Sketch of the medical history of the native army of Bombay, for the year
Year: 1872
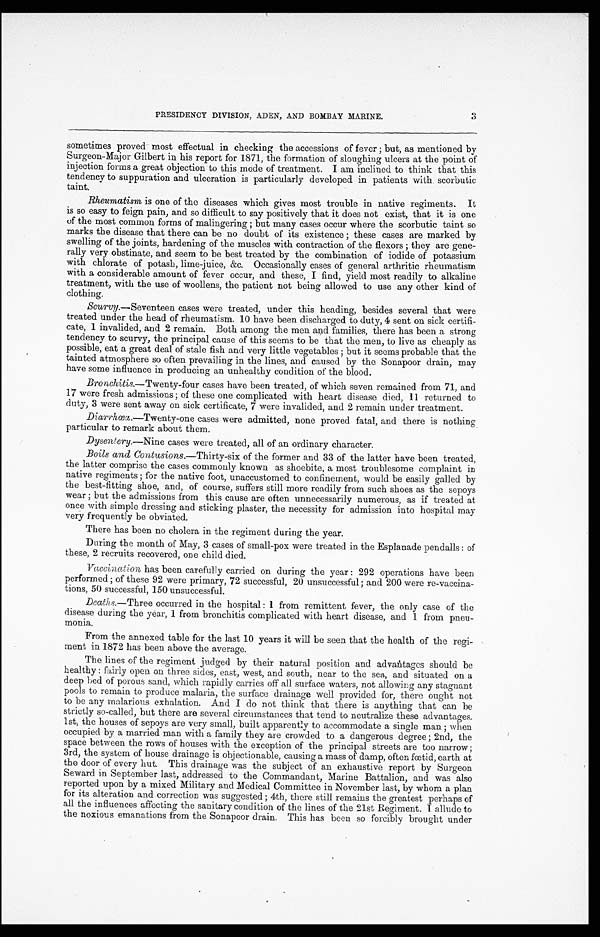
PRESIDENCY DIVISION, ADEN, AND BOMBAY MARINE.
sometimes proved most effectual in checking the accessions of fever ; but, as mentioned by
Surgeon-Major Gilbert in his report for 1871, the formation of sloughing ulcers at the point of
injection forms a great objection to this mode of treatment. I am inclined to think that this
tendency to suppuration and ulceration is particularly developed in patients with scorbutic
taint.
Rheumatism is one of the diseases which gives most trouble in native regiments. It
is so easy to feign pain, and so difficult to say positively that it does not exist, that it is one
of the most common forms of malingering ; but many cases occur where the scorbutic taint so
marks the disease that there can be no doubt of its existence ; these cases are marked by
swelling of the joints, hardening of the muscles with contraction of the flexors ; they are gene-
rally very obstinate, and seem to be best treated by the combination of iodide of potassium
with chlorate of potash, lime-juice, &c. Occasionally cases of general arthritic rheumatism
with a considerable amount of fever occur, and these, I find, yield most readily to alkaline
treatment, with the use of woollens, the patient not being allowed to use any other kind of
clothing.
Scurvy.—Seventeen cases were treated, under this heading, besides several that were
treated under the head of rheumatism. 10 have been discharged to duty, 4 sent on sick certifi-
cate, 1 invalided, and 2 remain. Both among the men and families, there has been a strong
tendency to scurvy, the principal cause of this seems to be that the men, to live as cheaply as
possible, eat a great deal of stale fish and very little vegetables ; but it seems probable that the
tainted atmosphere so often prevailing in the lines, and caused by the Sonapoor drain, may
have some influence in producing an unhealthy condition of the blood.
Bronchitis.—Twenty-four cases have been treated, of which seven remained from 71, and
17 were fresh admissions ; of these one complicated with heart disease died, 11 returned to
duty, 3 were sent away on sick certificate, 7 were invalided, and 2 remain under treatment.
Diarrhœa.—Twenty-one cases were admitted, none proved fatal, and there is nothing
particular to remark about them.
Dysentery.—Nine cases were treated, all of an ordinary character.
Boils and Contusions. —Thirty-six of the former and 33 of the latter have been treated,
the latter comprise the cases commonly known as shoebite, a most troublesome complaint in
native regiments ; for the native foot, unaccustomed to confinement, would be easily galled by
the best-fitting shoe, and, of course, suffers still more readily from such shoes as the sepoys
wear ; but the admissions from this cause are often unnecessarily numerous, as if treated at
once with simple dressing and sticking plaster, the necessity for admission into hospital may
very frequently be obviated.
There has been no cholera in the regiment during the year.
During the month of May, 3 cases of small-pox were treated in the Esplanade pendalls : of
these, 2 recruits recovered, one child died.
V a c c i n a t i o n
Vaccination has been carefully carried on during the year : 292 operations have been
performed ; of these 92 were primary, 72 successful, 20 unsuccessful; and 200 were re-vaccina-
tions, 50 successful, 150 unsuccessful.
Deaths.—Three occurred in the hospital : 1 from remittent fever, the only case of the
disease during the year, 1 from bronchitis complicated with heart disease, and 1 from pneu-
m o n i a
From the annexed table for the last 10 years it will be seen that the health of the regi-
ment in 1872 has been above the average.
The lines of the regiment judged by their natural position and advantages should be
healthy : fairly open on three sides, east, west, and south, near to the sea, and situated on a
deep bed of porous sand, which rapidly carries off all surface waters, not allowing any stagnant
pools to remain to produce malaria, the surface drainage well provided for, there ought not
to be any malarious exhalation. And I do not think that there is anything that can be
strictly so-called, but there are several circumstances that tend to neutralize these advantages.
1st, the houses of sepoys are very small, built apparently to accommodate a single man ; when
occupied by a married man with a family they are crowded to a dangerous degree ; 2nd, the
space between the rows of houses with the exception of the principal streets are too narrow ;
3rd, the system of house drainage is objectionable, causing a mass of damp, often fœtid, earth at
the door of every hut. This drainage was the subject of an exhaustive report by Surgeon
Seward in September last, addressed to the Commandant, Marine Battalion, and was also
reported upon by a mixed Military and Medical Committee in November last, by whom a plan
for its alteration and correction was suggested ; 4th, there still remains the greatest perhaps of
all the influences affecting the sanitary condition of the lines of the 21st Regiment. 1 allude to
the noxious emanations from the Sonapoor drain. This has been so forcibly brought under